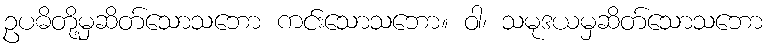
ဥပဓိတို့မှဆိတ်သောသဘော ကင်းသောသဘော။ ဝါ၊ သမုဒယမှဆိတ်သောသဘော